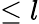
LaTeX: \leq l